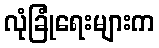
လုံခြုံရေးများက